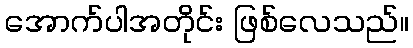
အောက်ပါအတိုင်း ဖြစ်လေသည်။